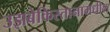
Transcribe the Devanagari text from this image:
उझबेकिस्तानामधील